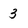
Character: 3